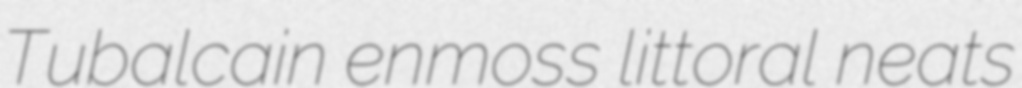
Tubalcain enmoss littoral neats